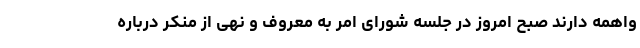
واهمه دارند صبح امروز در جلسه شورای امر به معروف و نهی از منکر درباره